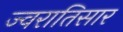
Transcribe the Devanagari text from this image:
ज्वरातिसार